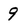
Character: 9